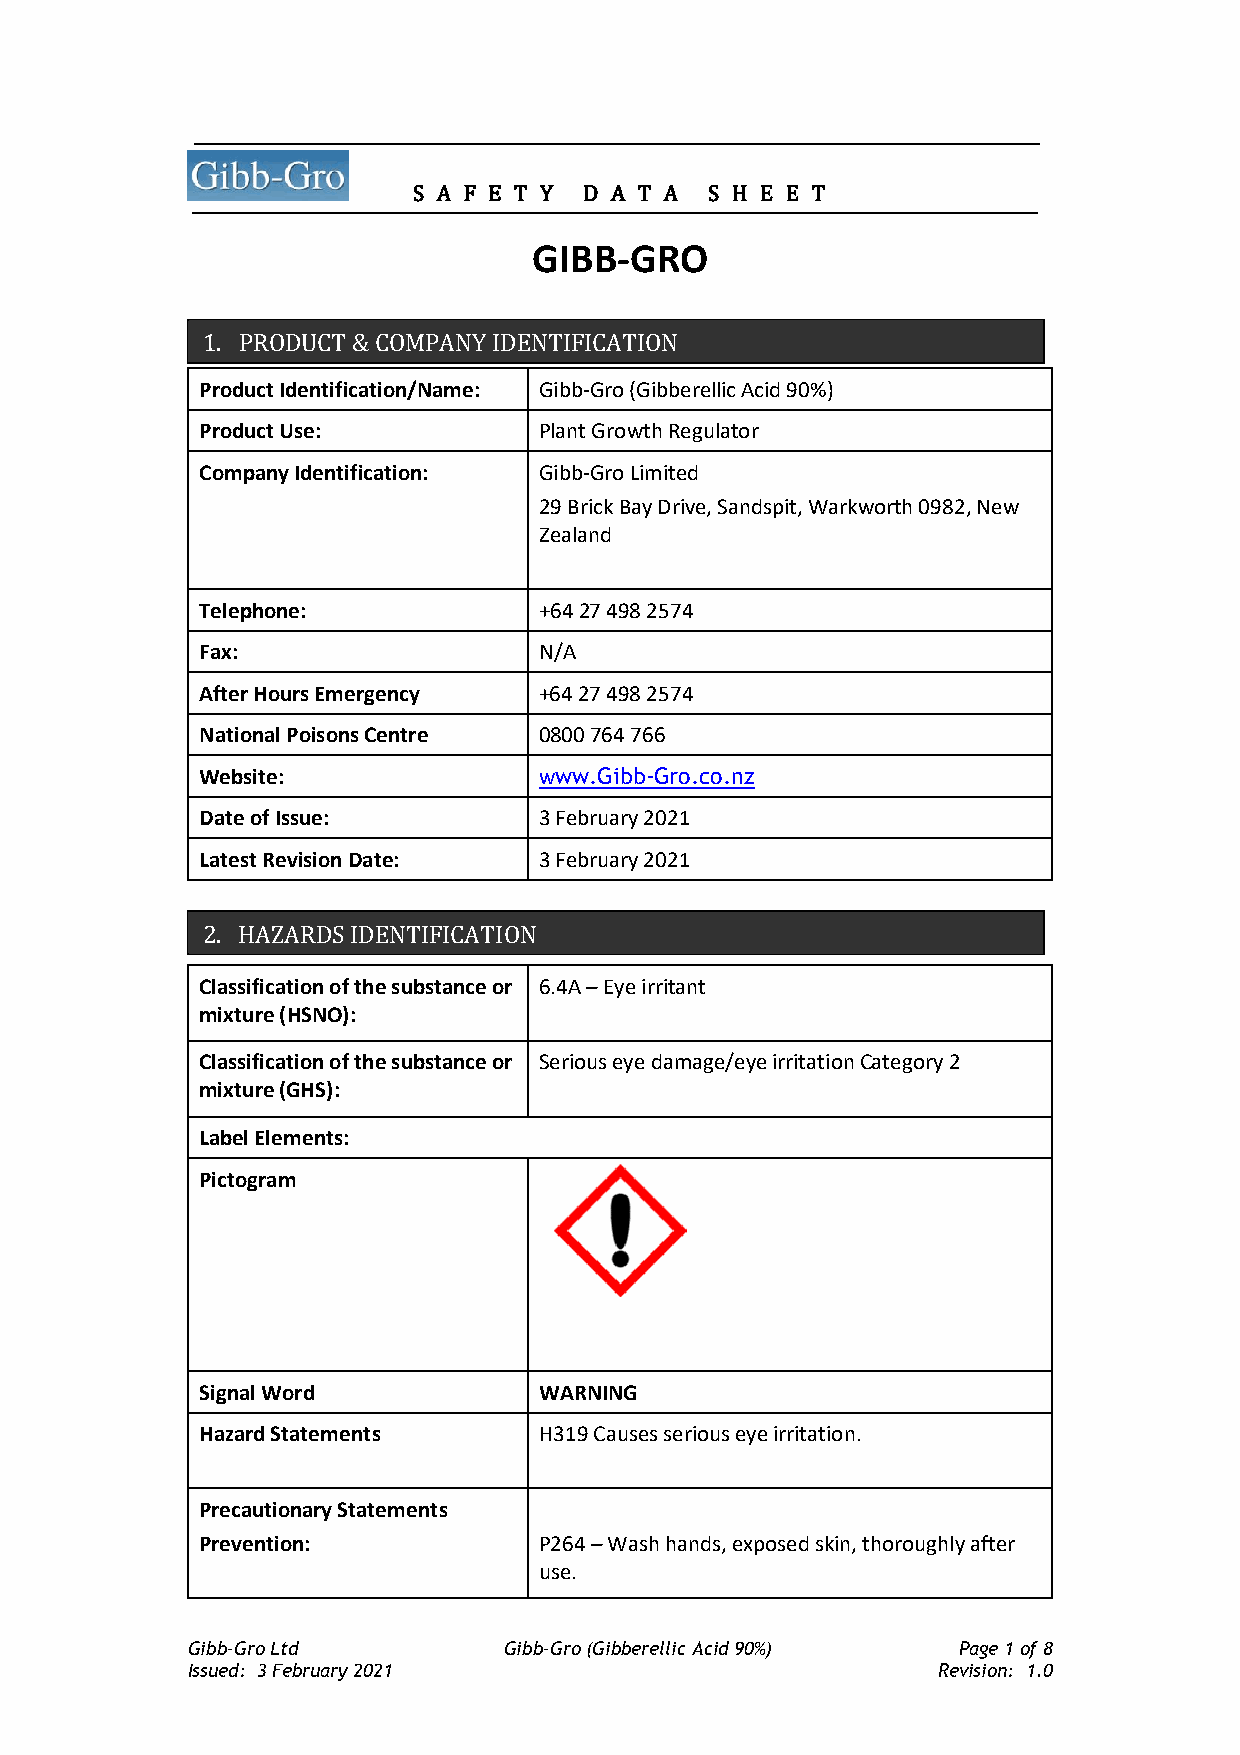
S A F E T Y D A T A S H E E T
 GIBB-GRO
 1. PRODUCT & COMPANY IDENTIFICATION
 Product Identification/Name: Gibb-Gro (Gibberellic Acid 90%)
 Product Use:           Plant Growth Regulator
 Company Identification: Gibb-Gro Limited
 29 Brick Bay Drive, Sandspit, Warkworth 0982, New
 Zealand
 Telephone:             +64 27 498 2574
 Fax:                   N/A
 After Hours Emergency  +64 27 498 2574
 National Poisons Centre 0800 764 766
 Website:               www.Gibb-Gro.co.nz
 Date of Issue:         3 February 2021
 Latest Revision Date:  3 February 2021
 2. HAZARDS IDENTIFICATION
 Classification of the substance or 6.4A – Eye irritant
 mixture (HSNO):
 Classification of the substance or Serious eye damage/eye irritation Category 2
 mixture (GHS):
 Label Elements:
 Pictogram
 Signal Word            WARNING
 Hazard Statements      H319 Causes serious eye irritation.
 Precautionary Statements
 Prevention:            P264 – Wash hands, exposed skin, thoroughly after
 use.
 Gibb-Gro Ltd         Gibb-Gro (Gibberellic Acid 90%) Page 1 of 8
 Issued: 3 February 2021                           Revision: 1.0